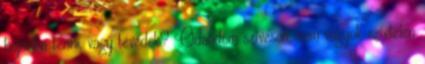
hajadba tenni, vagy tévedek? Odaadom szívesen, nem vagyok szívtelen